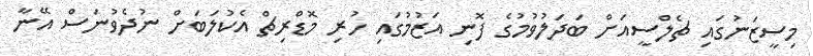
މިސީޒަނުގައި ޗެލްސީއަށް ބަދަލުވުމުގެ ފޮނި އަޒުމުގައި ހުރި މޮޑްރިޗް އެކުލަބަށް ނުދެވުނަސް އޭނާ